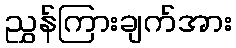
ညွှန်ကြားချက်အား